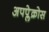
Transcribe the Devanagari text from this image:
अपप्लेक्रोस